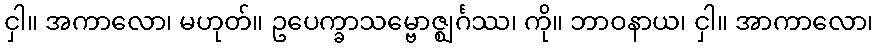
ငှါ။ အကာလော၊ မဟုတ်။ ဥပေက္ခာသမ္ဗောဇ္ဈင်္ဂဿ၊ ကို။ ဘာဝနာယ၊ ငှါ။ အာကာလော၊